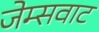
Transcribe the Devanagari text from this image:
जेम्सवाट